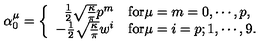
\alpha _ { 0 } ^ { \mu } = \left\{ \begin{array} { r l } { \frac { 1 } { 2 } \sqrt { \frac { \kappa } { \pi } } p ^ { m } } & { \mathrm { f o r } \mu = m = 0 , \cdots , p , } \\ { - \frac { 1 } { 2 } \sqrt { \frac { \kappa } { \pi } } w ^ { i } } & { \mathrm { f o r } \mu = i = p ; 1 , \cdots , 9 . } \\ \end{array} \right.